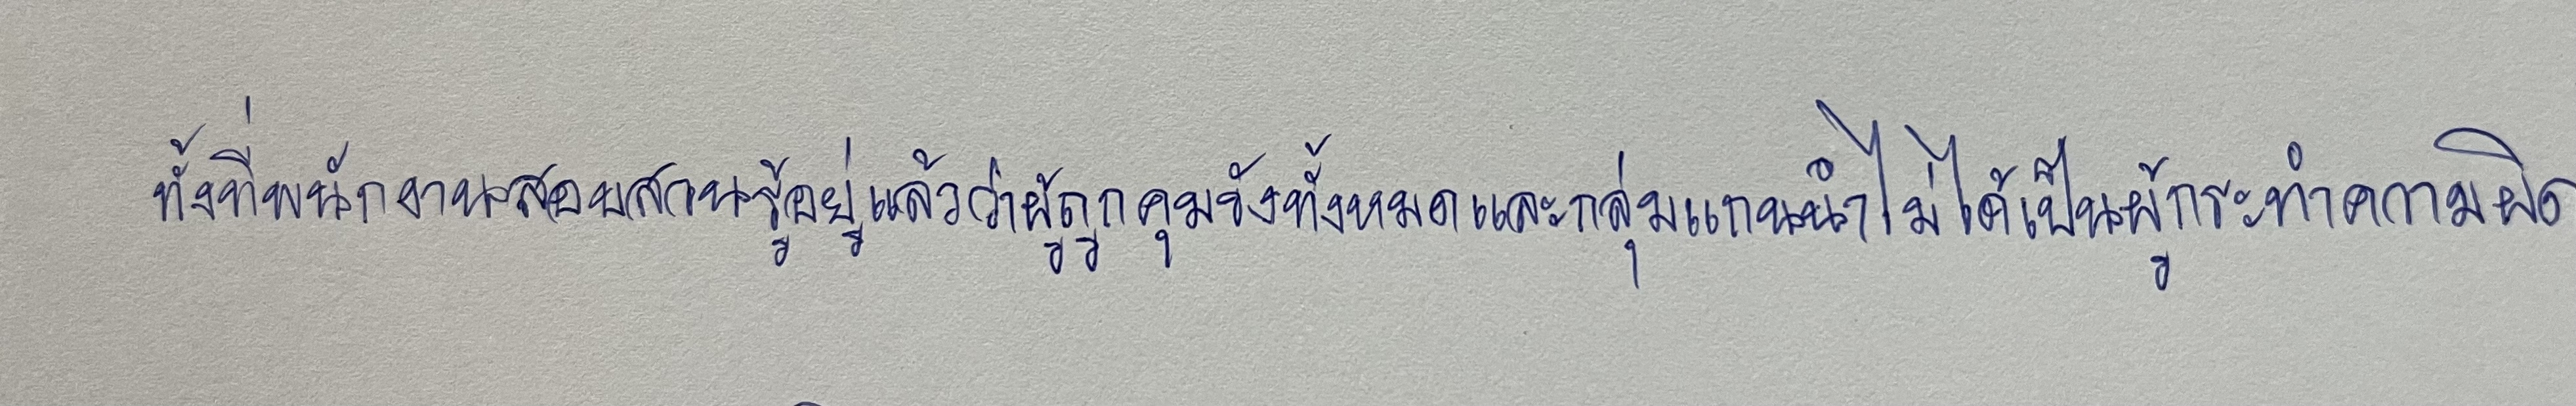
ทั้งที่พนักงานสอบสวนรู้อยู่แล้วว่าผู้ถูกคุมขังทั้งหมดและกลุ่มแกนนำไม่ได้เป็นผู้กระทำความผิด